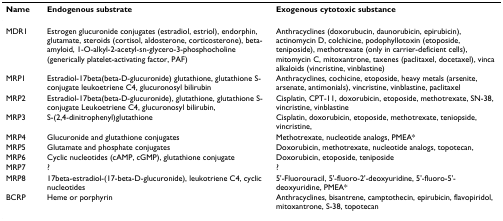
<table><thead><tr><td><b>Name</b></td><td><b>Endogenous substrate</b></td><td><b>Exogenous cytotoxic substance</b></td></tr></thead><tbody><tr><td>MDR1</td><td>Estrogen glucuronide conjugates (estradiol, estriol), endorphin, glutamate, steroids (cortisol, aldosterone, corticosterone), beta-amyloid, 1-O-alkyl-2-acetyl-sn-glycero-3-phosphocholine (generically platelet-activating factor, PAF)</td><td>Anthracyclines (doxorubucin, daunorubicin, epirubicin), actinomycin D, colchicine, podophyllotoxin (etoposide, teniposide), methotrexate (only in carrier-deficient cells), mitomycin C, mitoxantrone, taxenes (paclitaxel, docetaxel), vinca alkaloids (vincristine, vinblastine)</td></tr><tr><td>MRP1</td><td>Estradiol-17beta(beta-D-glucuronide) glutathione, glutathione S-conjugate leukoetriene C4, glucuronosyl bilirubin</td><td>Anthracyclines, cochicine, etoposide, heavy metals (arsenite, arsenate, antimonials), vincristine, vinblastine, paclitaxel</td></tr><tr><td>MRP2</td><td>Estradiol-17beta(beta-D-glucuronide), glutathione, glutathione S-conjugate Leukoetriene C4, glucuronosyl bilirubin,</td><td>Cisplatin, CPT-11, doxorubicin, etoposide, methotrexate, SN-38, vincristine, vinblastine</td></tr><tr><td>MRP3</td><td>S-(2,4-dinitrophenyl)glutathione</td><td>Cisplatin, doxorubicin, etoposide, methotrexate, teniopside, vincristine,</td></tr><tr><td>MRP4</td><td>Glucuronide and glutathione conjugates</td><td>Methotrexate, nucleotide analogs, PMEA*</td></tr><tr><td>MRP5</td><td>Glutamate and phosphate conjugates</td><td>Doxorubicin, methotrexate, nucleotide analogs, topotecan,</td></tr><tr><td>MRP6</td><td>Cyclic nucleotides (cAMP, cGMP), glutathione conjugate</td><td>Doxorubicin, etoposide, teniposide</td></tr><tr><td>MRP7</td><td>?</td><td>?</td></tr><tr><td>MRP8</td><td>17beta-estradiol-(17-beta-D-glucuronide), leukotriene C4, cyclic nucleotides</td><td>5&#x27;-Fluorouracil, 5&#x27;-fluoro-2&#x27;-deoxyuridine, 5&#x27;-fluoro-5&#x27;-deoxyuridine, PMEA*</td></tr><tr><td>BCRP</td><td>Heme or porphyrin</td><td>Anthracyclines, bisantrene, camptothecin, epirubicin, flavopiridol, mitoxantrone, S-38, topotecan</td></tr></tbody></table>